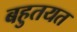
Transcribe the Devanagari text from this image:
बहुतयत